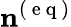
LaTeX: \mathbf{n}^{(\mathrm{~e~q~})}